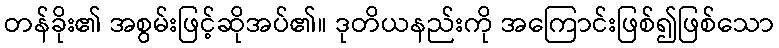
တန်ခိုး၏ အစွမ်းဖြင့်ဆိုအပ်၏။ ဒုတိယနည်းကို အကြောင်းဖြစ်၍ဖြစ်သော